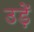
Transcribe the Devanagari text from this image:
उड़ें